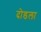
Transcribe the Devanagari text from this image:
दोडला